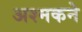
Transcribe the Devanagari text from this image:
अश्मकने